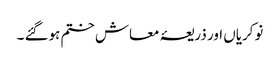
نوکریاں اور ذریعۂ معاش ختم ہوگئے ۔